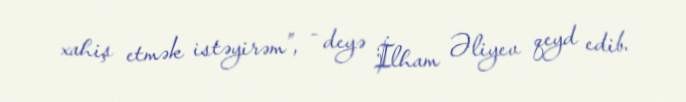
xahiş etmək istəyirəm”, - deyə İlham Əliyev qeyd edib.